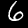
Digit: 6